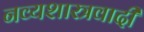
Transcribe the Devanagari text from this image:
नव्यशास्त्रवादी